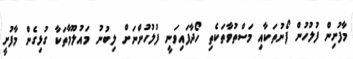
މާފުށިން ފުލުހުން ފޯނުތަކާއި މަސްތުވާތަކެތި ހޯދާފައިވަނީ ފުލުހުންނަށް ލިބުނު މައުލޫމާތަކާ ގުޅިގެން މާފުށީ